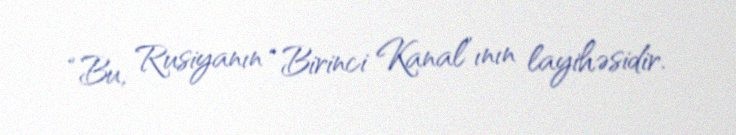
“Bu, Rusiyanın “Birinci Kanal”ının layihəsidir.